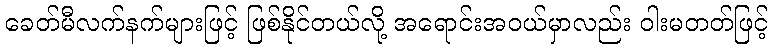
ခေတ်မီလက်နက်များဖြင့် ဖြစ်နိုင်တယ်လို့ အရောင်းအဝယ်မှာလည်း ဝါးမတတ်ဖြင့်